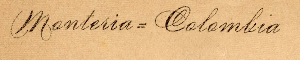
Monteria = Colombia